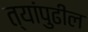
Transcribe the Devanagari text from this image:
त्यांपुढील